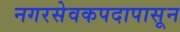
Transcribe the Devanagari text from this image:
नगरसेवकपदापासून